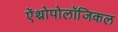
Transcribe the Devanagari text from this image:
ऐंथ्रोपोलॉजिकल